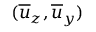
( \overline { { u } } _ { z } , \overline { { u } } _ { y } )